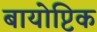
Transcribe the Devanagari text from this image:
बायोप्टिक